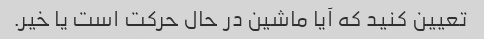
تعیین کنید که آیا ماشین در حال حرکت است یا خیر.